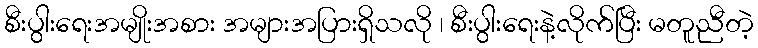
စီးပွါးရေးအမျိုးအစား အများအပြားရှိသလို ၊ စီးပွါးရေးနဲ့လိုက်ပြီး မတူညီတဲ့